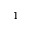
1